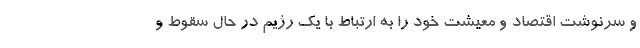
و سرنوشت اقتصاد و معیشت خود را به ارتباط با یک رژیم در حال سقوط و